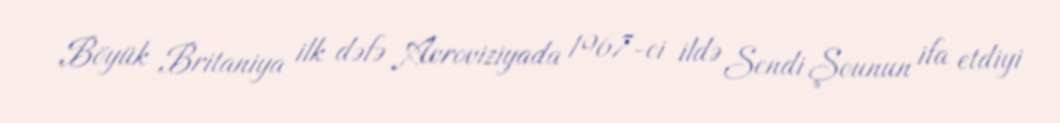
Böyük Britaniya ilk dəfə Avroviziyada 1967-ci ildə Sendi Şounun ifa etdiyi